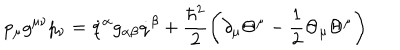
LaTeX: p _ { \mu } g ^ { \mu \nu } p _ { \nu } = \dot { q } ^ { \alpha } g _ { \alpha \beta } \dot { q } ^ { \beta } + \frac { \hbar ^ { 2 } } { 2 } \left( \partial _ { \mu } \Theta ^ { \mu } - \frac { 1 } { 2 } \Theta _ { \mu } \Theta ^ { \mu } \right)